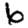
Digit: 6